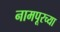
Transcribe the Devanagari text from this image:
नामपूरच्या